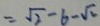
= \sqrt { 2 } - 6 - \sqrt { 2 }